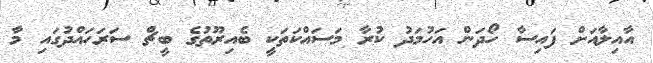
އާއިލާއަށް ފައިސާ ހޯދަން އަހުމަދު ކުރާ މަސައްކަތަކީ ބެއިރޫތުގެ ބީޗް ސަރަހައްދުގައި މާ